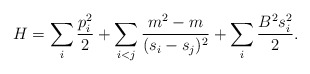
\begin{align*}H=\sum_i {p_i^2 \over 2} +\sum_{i<j} {m^2-m \over (s_i-s_j)^2 }+\sum_i {B^2 s_i^2 \over 2}.\end{align*}